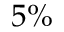
5 \%